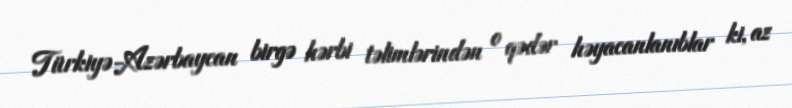
Türkiyə-Azərbaycan birgə hərbi təlimlərindən o qədər həyacanlanıblar ki, az